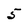
Character: 5